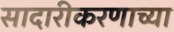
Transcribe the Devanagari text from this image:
सादारीकरणाच्या